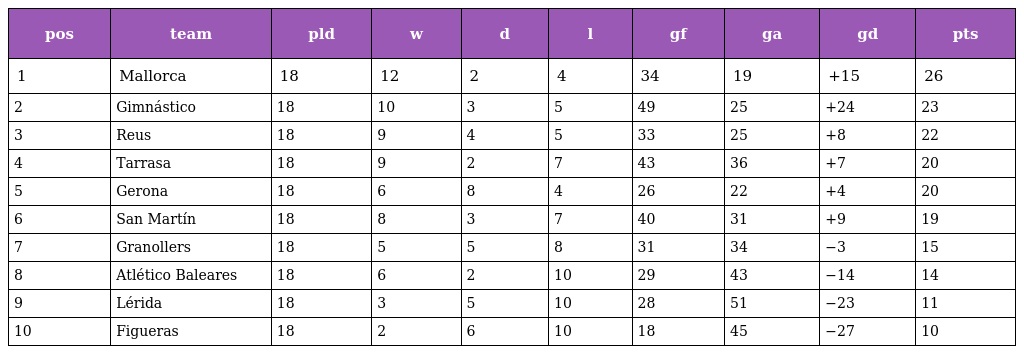
| pos | team | pld | w | d | l | gf | ga | gd | pts |
 | --- | --- | --- | --- | --- | --- | --- | --- | --- | --- |
 | 1 | Mallorca | 18 | 12 | 2 | 4 | 34 | 19 | +15 | 26 |
 | 2 | Gimnástico | 18 | 10 | 3 | 5 | 49 | 25 | +24 | 23 |
 | 3 | Reus | 18 | 9 | 4 | 5 | 33 | 25 | +8 | 22 |
 | 4 | Tarrasa | 18 | 9 | 2 | 7 | 43 | 36 | +7 | 20 |
 | 5 | Gerona | 18 | 6 | 8 | 4 | 26 | 22 | +4 | 20 |
 | 6 | San Martín | 18 | 8 | 3 | 7 | 40 | 31 | +9 | 19 |
 | 7 | Granollers | 18 | 5 | 5 | 8 | 31 | 34 | −3 | 15 |
 | 8 | Atlético Baleares | 18 | 6 | 2 | 10 | 29 | 43 | −14 | 14 |
 | 9 | Lérida | 18 | 3 | 5 | 10 | 28 | 51 | −23 | 11 |
 | 10 | Figueras | 18 | 2 | 6 | 10 | 18 | 45 | −27 | 10 |